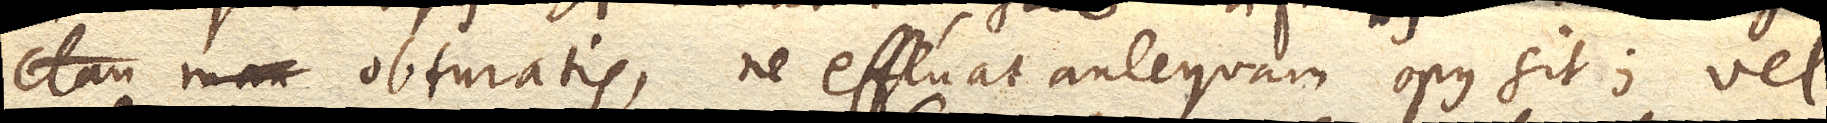
obturatis, ne effluat antequam opus sit; vel